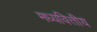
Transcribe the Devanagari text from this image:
मध्यवित्तीय